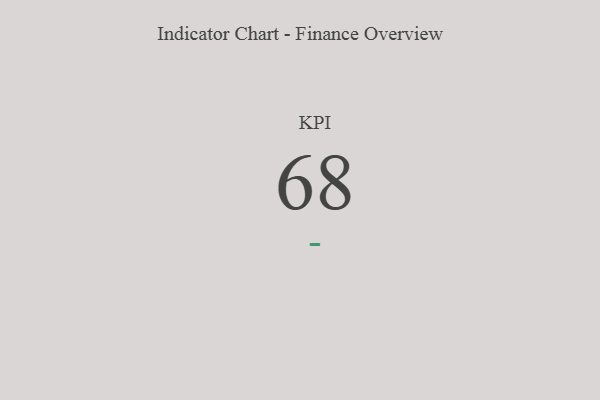
{"axis": {"x": "KPI", "y": "Value"}, "legend": [""], "data": [{"x": "KPI", "y": 68, "type": ""}]}